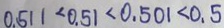
0 . 5 1 1 < 0 . 5 1 < 0 . 5 0 1 < 0 . 5